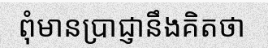
ពុំមានប្រាជ្ញានឹងគិតថា